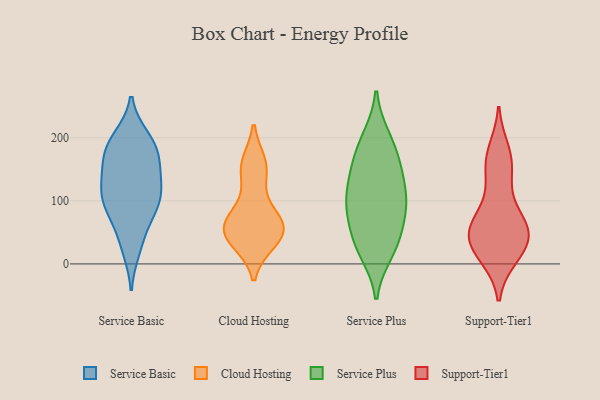
{"axis": {"x": "Market Share (%)", "y": "Value"}, "legend": ["Cloud Hosting", "Service Basic", "Service Plus", "Support-Tier1"], "data": [{"x": "", "y": 38, "type": "Service Basic"}, {"x": "", "y": 199, "type": "Service Basic"}, {"x": "", "y": 80, "type": "Service Basic"}, {"x": "", "y": 189, "type": "Service Basic"}, {"x": "", "y": 150, "type": "Service Basic"}, {"x": "", "y": 98, "type": "Service Basic"}, {"x": "", "y": 118, "type": "Service Basic"}, {"x": "", "y": 193, "type": "Service Basic"}, {"x": "", "y": 24, "type": "Service Basic"}, {"x": "", "y": 123, "type": "Service Basic"}, {"x": "", "y": 178, "type": "Service Basic"}, {"x": "", "y": 118, "type": "Service Basic"}, {"x": "", "y": 150, "type": "Service Basic"}, {"x": "", "y": 87, "type": "Service Basic"}, {"x": "", "y": 171, "type": "Service Basic"}, {"x": "", "y": 93, "type": "Service Basic"}, {"x": "", "y": 36, "type": "Cloud Hosting"}, {"x": "", "y": 55, "type": "Cloud Hosting"}, {"x": "", "y": 38, "type": "Cloud Hosting"}, {"x": "", "y": 51, "type": "Cloud Hosting"}, {"x": "", "y": 144, "type": "Cloud Hosting"}, {"x": "", "y": 158, "type": "Cloud Hosting"}, {"x": "", "y": 156, "type": "Cloud Hosting"}, {"x": "", "y": 56, "type": "Cloud Hosting"}, {"x": "", "y": 75, "type": "Cloud Hosting"}, {"x": "", "y": 55, "type": "Cloud Hosting"}, {"x": "", "y": 82, "type": "Cloud Hosting"}, {"x": "", "y": 36, "type": "Service Plus"}, {"x": "", "y": 18, "type": "Service Plus"}, {"x": "", "y": 113, "type": "Service Plus"}, {"x": "", "y": 46, "type": "Service Plus"}, {"x": "", "y": 79, "type": "Service Plus"}, {"x": "", "y": 161, "type": "Service Plus"}, {"x": "", "y": 119, "type": "Service Plus"}, {"x": "", "y": 92, "type": "Service Plus"}, {"x": "", "y": 200, "type": "Service Plus"}, {"x": "", "y": 102, "type": "Service Plus"}, {"x": "", "y": 23, "type": "Service Plus"}, {"x": "", "y": 149, "type": "Service Plus"}, {"x": "", "y": 195, "type": "Service Plus"}, {"x": "", "y": 82, "type": "Service Plus"}, {"x": "", "y": 160, "type": "Service Plus"}, {"x": "", "y": 60, "type": "Support-Tier1"}, {"x": "", "y": 172, "type": "Support-Tier1"}, {"x": "", "y": 14, "type": "Support-Tier1"}, {"x": "", "y": 38, "type": "Support-Tier1"}, {"x": "", "y": 123, "type": "Support-Tier1"}, {"x": "", "y": 43, "type": "Support-Tier1"}, {"x": "", "y": 161, "type": "Support-Tier1"}, {"x": "", "y": 41, "type": "Support-Tier1"}, {"x": "", "y": 57, "type": "Support-Tier1"}, {"x": "", "y": 83, "type": "Support-Tier1"}, {"x": "", "y": 13, "type": "Support-Tier1"}, {"x": "", "y": 42, "type": "Support-Tier1"}, {"x": "", "y": 11, "type": "Support-Tier1"}, {"x": "", "y": 146, "type": "Support-Tier1"}, {"x": "", "y": 55, "type": "Support-Tier1"}, {"x": "", "y": 68, "type": "Support-Tier1"}, {"x": "", "y": 180, "type": "Support-Tier1"}]}